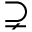
\supsetneq